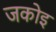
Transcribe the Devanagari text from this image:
जकोइ